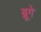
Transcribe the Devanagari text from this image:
ब्रूगे